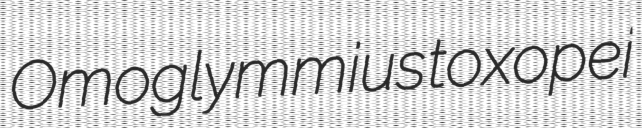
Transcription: Omoglymmius toxopei